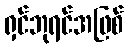
ရှင်ဘုရင်အဖြစ်